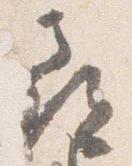
尋